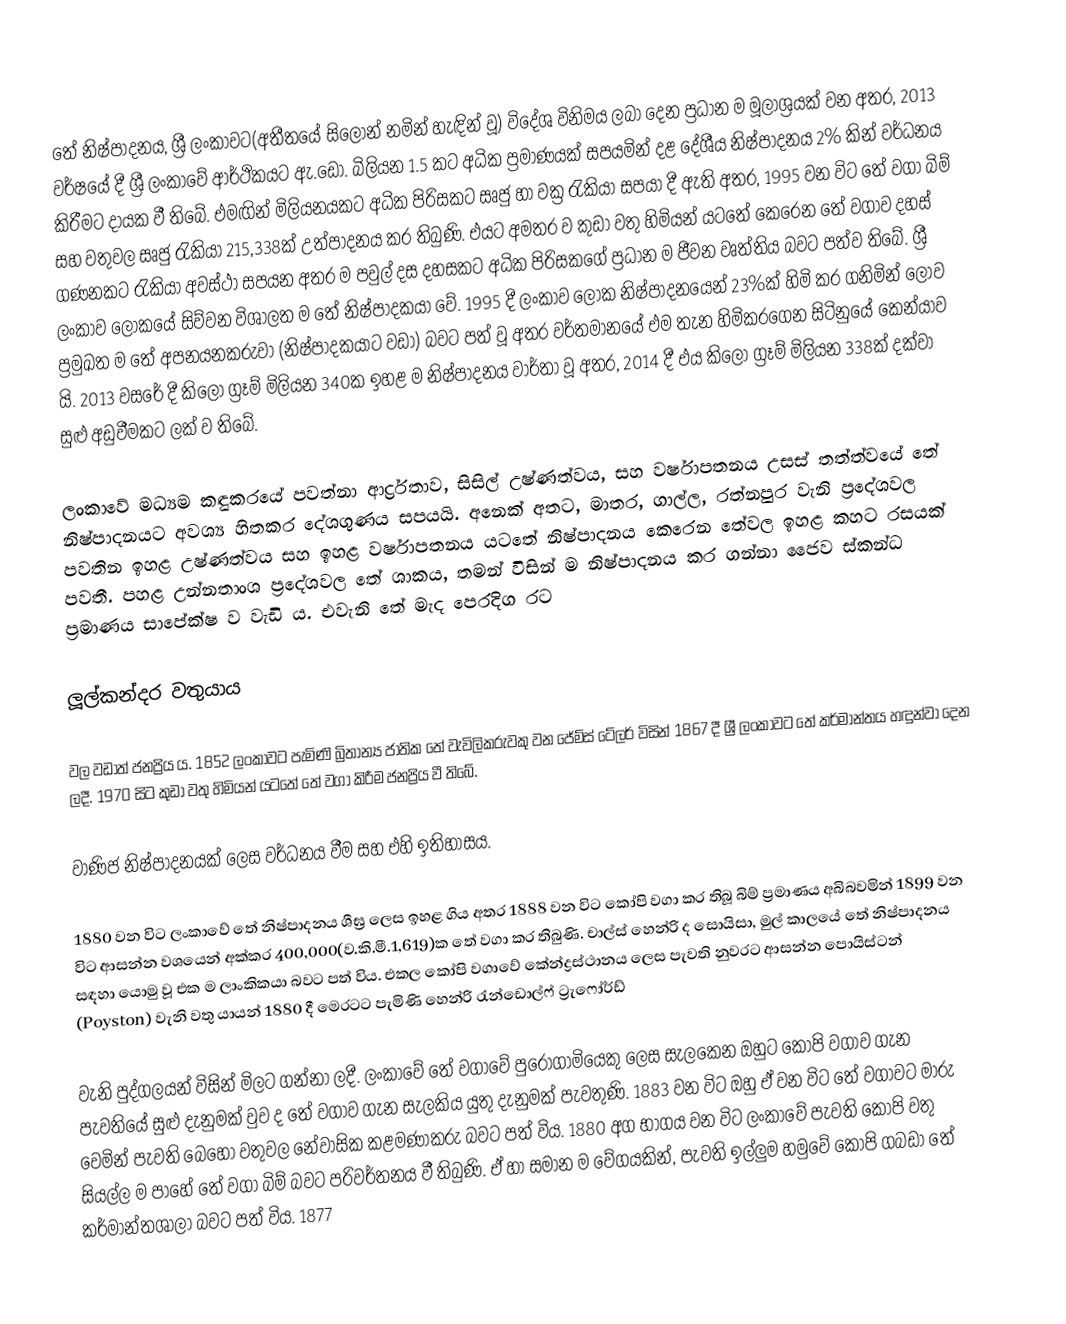

තේ නිෂ්පාදනය, ශ්‍රී ලංකාවට(අතීතයේ සිලෝන් නමින් හැඳින් වූ) විදේශ විනිමය ලබා දෙන ප්‍රධාන ම මූලාශ්‍රයක් වන අතර, 2013 වර්ෂයේ දී ශ්‍රී ලංකාවේ ආර්ථිකයට ඇ.ඩො. බිලියන 1.5 කට අධික ප්‍රමාණයක් සපයමින් දළ දේශීය නිෂ්පාදනය 2% කින් වර්ධනය කිරීමට දායක වී තිබේ. එමඟින් මිලියනයකට අධික පිරිසකට සෘජු හා වක්‍ර රැකියා සපයා දී ඇති අතර, 1995 වන විට තේ වගා බිම් සහ වතුවල සෘජු රැකියා 215,338ක් උත්පාදනය කර තිබුණි. එයට අමතර ව කුඩා වතු හිමියන් යටතේ කෙරෙන තේ වගාව දහස් ගණනකට රැකියා අවස්ථා සපයන අතර ම පවුල් දස දහසකට අධික පිරිසකගේ ප්‍රධාන ම ජීවන වෘත්තිය බවට පත්ව තිබේ. ශ්‍රී ලංකාව ලෝකයේ සිව්වන විශාලත ම තේ නිෂ්පාදකයා වේ. 1995 දී ලංකාව ලෝක නිෂ්පාදනයෙන් 23%ක් හිමි කර ගනිමින් ලොව ප්‍රමුඛත ම තේ අපනයනකරුවා (නිෂ්පාදකයාට වඩා) බවට පත් වූ අතර වර්තමානයේ එම තැන හිමිකරගෙන සිටිනුයේ කෙන්යාව යි. 2013 වසරේ දී කිලෝ ග්‍රෑම් මිලියන 340ක ඉහළ ම නිෂ්පාදනය වාර්තා වූ අතර, 2014 දී එය කිලෝ ග්‍රෑම් මිලියන 338ක් දක්වා සුළු අඩුවීමකට ලක් ව තිබේ.

ලංකාවේ මධ්‍යම කඳුකරයේ පවත්නා ආර්ද්‍රතාව, සිසිල් උෂ්ණත්වය, සහ වර්ෂාපතනය උසස් තත්ත්වයේ තේ නිෂ්පාදනයට අවශ්‍ය හිතකර දේශගුණය සපයයි. අනෙක් අතට, මාතර, ගාල්ල, රත්නපුර වැනි ප්‍රදේශවල පවතින ඉහළ උෂ්ණත්වය සහ ඉහළ වර්ෂාපතනය යටතේ නිෂ්පාදනය කෙරෙන තේවල ඉහළ කහට රසයක් පවතී. පහළ උන්නතාංශ ප්‍රදේශවල තේ ශාකය, තමන් විසින් ම නිෂ්පාදනය කර ගන්නා ජෛව ස්කන්ධ ප්‍රමාණය සාපේක්ෂ ව වැඩි ය. එවැනි තේ මැද පෙරදිග රට

ලූල්කන්දර වතුයාය

වල වඩාත් ජනප්‍රිය ය. 1852 ලංකාවට පැමිණි බ්‍රිතාන්‍ය ජාතික තේ වැවිලිකරුවකු වන ජේම්ස් ටේලර් විසින් 1867 දී ශ්‍රී ලංකාවට තේ කර්මාන්තය හඳුන්වා දෙන ලදී. 1970 සිට කුඩා වතු හිමියන් යටතේ තේ වගා කිරීම ජනප්‍රිය වී තිබේ.

වාණිජ නිෂ්පාදනයක් ලෙස වර්ධනය වීම සහ එහි ඉතිහාසය.

1880 වන විට ලංකාවේ තේ නිෂ්පාදනය ශීඝ්‍ර ලෙස ඉහළ ගිය අතර 1888 වන විට කෝපි වගා කර තිබූ බිම් ප්‍රමාණය අබිබවමින් 1899 වන විට ආසන්න වශයෙන් අක්කර 400,000(ව.කි.මී.1,619)ක තේ වගා කර තිබුණි. චාල්ස් හෙන්රි ද සොයිසා, මුල් කාලයේ තේ නිෂ්පාදනය සඳහා යොමු වූ එක ම ලාංකිකයා බවට පත් විය. එකල කෝපි වගාවේ කේන්ද්‍රස්ථානය ලෙස පැවති නුවරට ආසන්න පොයිස්ටන් (Poyston) වැනි වතු යායන් 1880 දී මෙරටට පැමිණි හෙන්රි රැන්ඩොල්ෆ් ට්‍රැෆෝර්ඩ්

වැනි පුද්ගලයන් විසින් මිලට ගන්නා ලදී. ලංකාවේ තේ වගාවේ පුරෝගාමියෙකු ලෙස සැලකෙන ඔහුට කෝපි වගාව ගැන පැවතියේ සුළු දැනුමක් වුව ද තේ වගාව ගැන සැලකිය යුතු දැනුමක් පැවතුණි.  1883 වන විට ඔහු ඒ වන විට තේ වගාවට මාරු වෙමින් පැවති බෙහෝ වතුවල නේවාසික කළමණාකරු බවට පත් විය. 1880 අග භාගය වන විට ලංකාවේ පැවති කෝපි වතු සියල්ල ම පාහේ තේ වගා බිම් බවට පරිවර්තනය වී තිබුණි. ඒ හා සමාන ම වේගයකින්, පැවති ඉල්ලුම හමුවේ කෝපි ගබඩා තේ කර්මාන්තශාලා බවට පත් විය. 1877